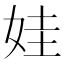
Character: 娃